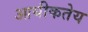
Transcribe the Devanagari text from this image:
आयीकतेय